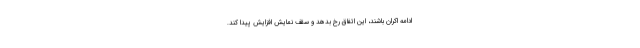
ادامه اکران باشند، این اتفاق رخ بدهد و سقف نمایش افزایش پیدا کند.